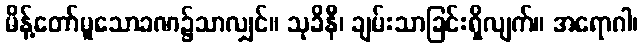
မိန့်တော်မူသောခဏ၌သာလျှင်။ သုခိနီ၊ ချမ်းသာခြင်းရှိလျက်။ အရောဂါ၊